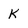
Character: K